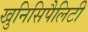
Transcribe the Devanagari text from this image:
खुनिसिपैलिटी